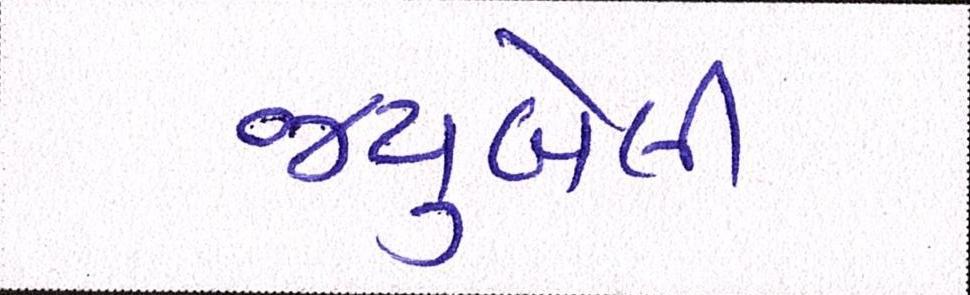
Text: જ્યુબેલી